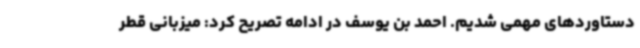
دستاوردهای مهمی شدیم. احمد بن یوسف در ادامه تصریح کرد: میزبانی قطر